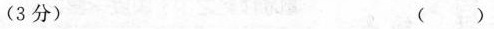
（3分) （ ）